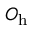
O _ { \mathrm { h } }